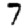
Digit: 7